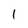
Character: 1